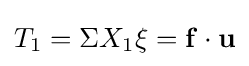
T_{1}=\Sigma X_{1}\xi =\mathbf {f} \cdot \mathbf {u}